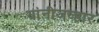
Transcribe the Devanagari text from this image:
यांनीजव्हार